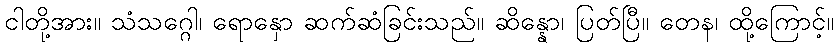
ငါတို့အား။ သံသဂ္ဂေါ၊ ရောနှော ဆက်ဆံခြင်းသည်။ ဆိန္နော၊ ပြတ်ပြီ။ တေန၊ ထို့ကြောင့်။